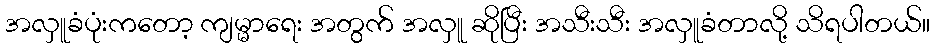
အလှူခံပုံးကတော့ ကျမ္မာရေး အတွက် အလှူ ဆိုပြီး အသီးသီး အလှူခံတာလို့ သိရပါတယ်။